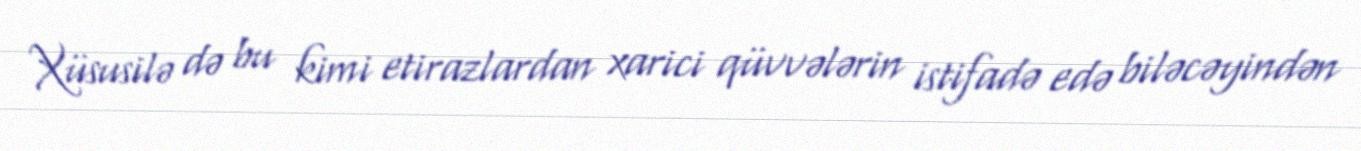
Xüsusilə də bu kimi etirazlardan xarici qüvvələrin istifadə edə biləcəyindən